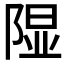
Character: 𫠃